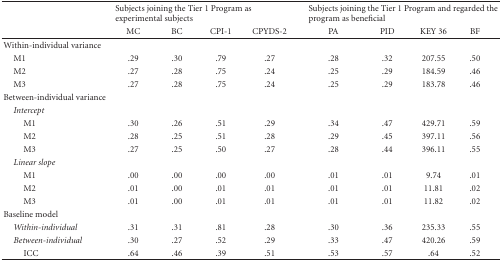
<table><thead><tr><td></td><td colspan="4"><b>Subjects joining the Tier 1 Program as experimental subjects</b></td><td colspan="4"><b>Subjects joining the Tier 1 Program and regarded the program as beneficial</b></td></tr><tr><td></td><td><b>MC</b></td><td><b>BC</b></td><td><b>CPI-1</b></td><td><b>CPYDS-2</b></td><td><b>PA</b></td><td><b>PID</b></td><td><b>KEY 36</b></td><td><b>BF</b></td></tr></thead><tbody><tr><td>Within-individual variance</td></tr><tr><td> M1</td><td>.29</td><td>.30</td><td>.79</td><td>.27</td><td>.28</td><td>.32</td><td>207.55</td><td>.50</td></tr><tr><td> M2</td><td>.27</td><td>.28</td><td>.75</td><td>.24</td><td>.25</td><td>.29</td><td>184.59</td><td>.46</td></tr><tr><td> M3</td><td>.27</td><td>.28</td><td>.75</td><td>.24</td><td>.25</td><td>.29</td><td>183.78</td><td>.46</td></tr><tr><td>Between-individual variance</td></tr><tr><td><i> Intercept</i></td><td></td><td></td><td></td><td></td><td></td><td></td><td></td><td></td></tr><tr><td>M1</td><td>.30</td><td>.26</td><td>.51</td><td>.29</td><td>.34</td><td>.47</td><td>429.71</td><td>.59</td></tr><tr><td>M2</td><td>.28</td><td>.25</td><td>.51</td><td>.28</td><td>.29</td><td>.45</td><td>397.11</td><td>.56</td></tr><tr><td>M3</td><td>.27</td><td>.25</td><td>.50</td><td>.27</td><td>.28</td><td>.44</td><td>396.11</td><td>.55</td></tr><tr><td><i> Linear slope</i></td><td></td><td></td><td></td><td></td><td></td><td></td><td></td><td></td></tr><tr><td>M1</td><td>.00</td><td>.00</td><td>.00</td><td>.00</td><td>.01</td><td>.01</td><td>9.74</td><td>.01</td></tr><tr><td>M2</td><td>.01</td><td>.00</td><td>.01</td><td>.01</td><td>.01</td><td>.01</td><td>11.81</td><td>.02</td></tr><tr><td>M3</td><td>.01</td><td>.00</td><td>.01</td><td>.01</td><td>.01</td><td>.01</td><td>11.82</td><td>.02</td></tr><tr><td>Baseline model</td><td></td><td></td><td></td><td></td><td></td><td></td><td></td><td></td></tr><tr><td><i> Within-individual</i></td><td>.31</td><td>.31</td><td>.81</td><td>.28</td><td>.30</td><td>.36</td><td>235.33</td><td>.55</td></tr><tr><td><i> Between-individual</i></td><td>.30</td><td>.27</td><td>.52</td><td>.29</td><td>.33</td><td>.47</td><td>420.26</td><td>.59</td></tr><tr><td>ICC</td><td>.64</td><td>.46</td><td>.39</td><td>.51</td><td>.53</td><td>.57</td><td>.64</td><td>.52</td></tr></tbody></table>